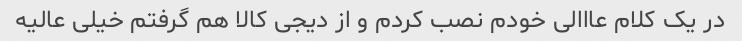
در یک کلام عااالی خودم نصب کردم و از دیجی کالا هم گرفتم خیلی عالیه